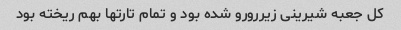
کل جعبه شیرینی زیررورو شده بود و تمام تارتها بهم ریخته بود